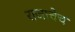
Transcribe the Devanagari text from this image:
राजाचेच